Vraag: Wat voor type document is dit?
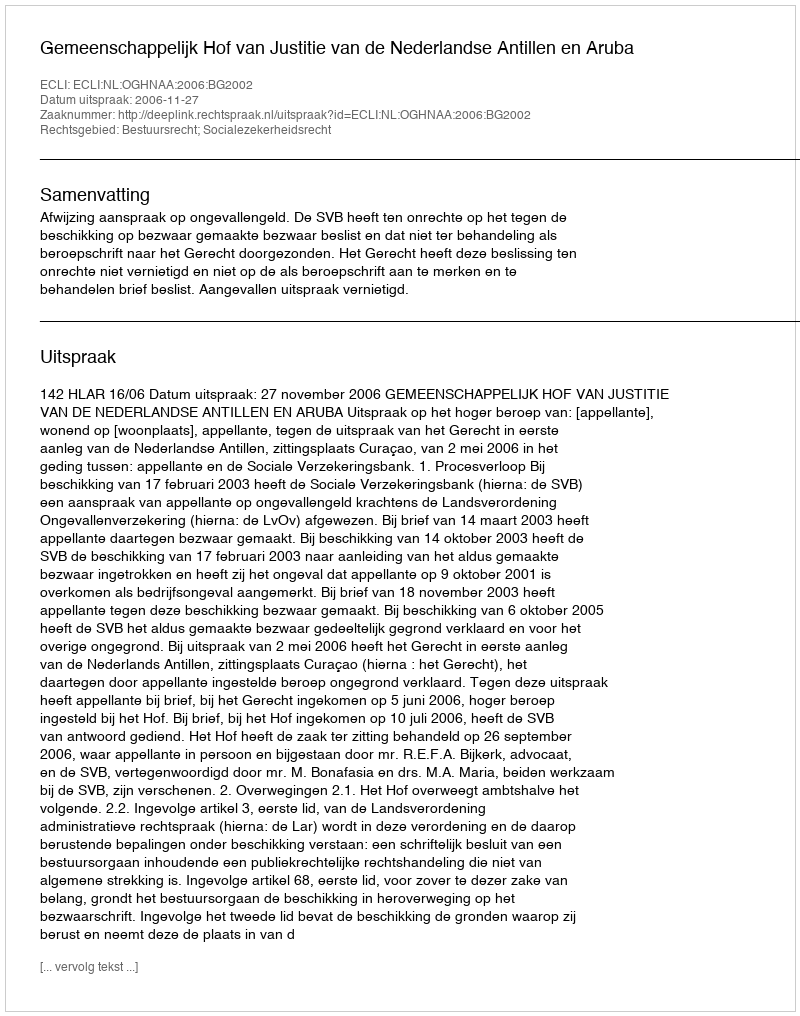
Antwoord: Uitspraak